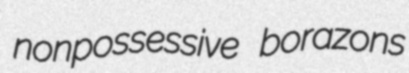
nonpossessive borazons